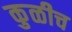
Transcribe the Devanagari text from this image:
कुळीच